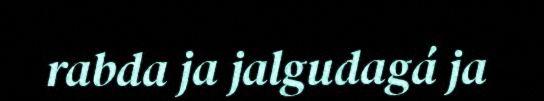
rabda ja jalgudagá ja